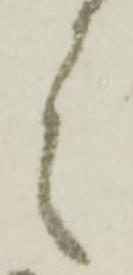
ミ